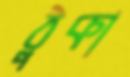
ঠুকা